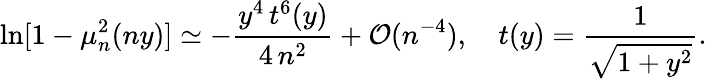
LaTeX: \ln[1-\mu_{n}^{2}(ny)]\simeq-\frac{y^{4}\, t^{6}(y)}{4\, n^{2}}+{\cal O}(n^{-4}),\quad t(y)=\frac{1}{\sqrt{1+y^{2}}}.